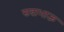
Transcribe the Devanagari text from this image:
सदाभाऊ